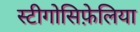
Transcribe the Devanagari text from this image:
स्टीगोसिफ़ेलिया